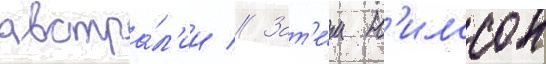
австра́л'ии // Зат'е́м н'илссон